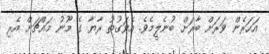
އަހަރެން ވަރަށް ބާރަށް ބުނެލީމެވެ. އެވަގުތު ރާޔާ ގެ މޫނު މައްޗަށް އެރި